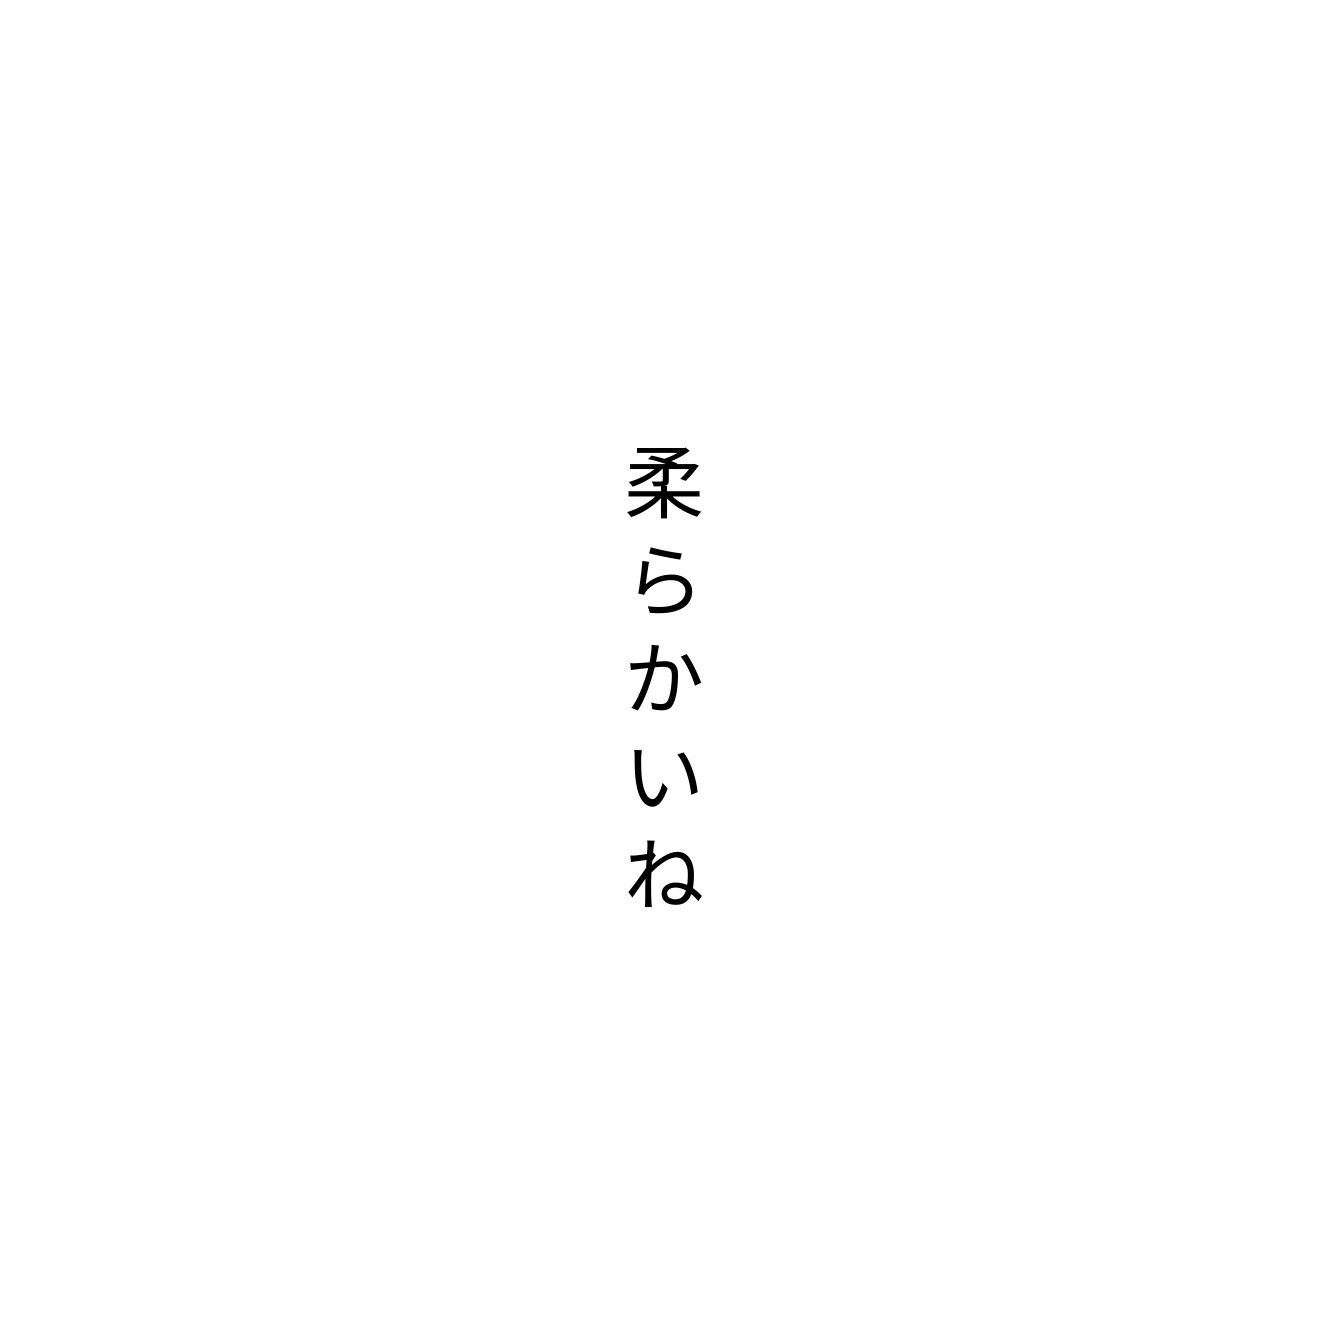
柔らかいね